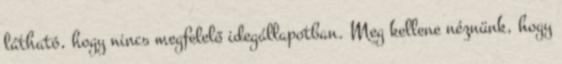
látható, hogy nincs megfelelő idegállapotban. Meg kellene néznünk, hogy